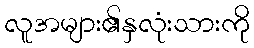
လူအများ၏နှလုံးသားကို